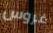
غروس